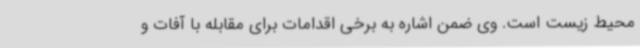
محیط زیست است. وی ضمن اشاره به برخی اقدامات برای مقابله با آفات و